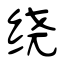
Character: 绕